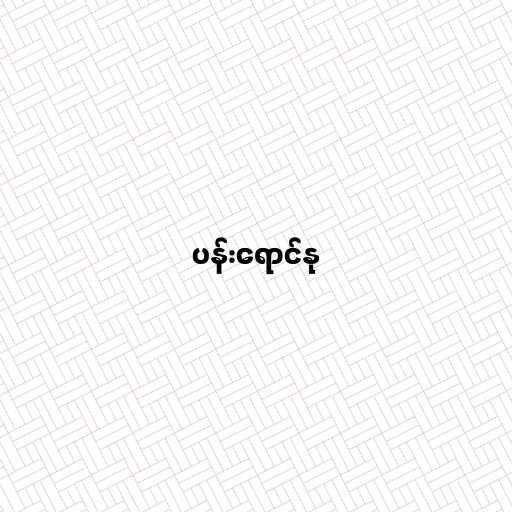
ပန်းရောင်နု